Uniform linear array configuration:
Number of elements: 48
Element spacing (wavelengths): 1
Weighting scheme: exponential
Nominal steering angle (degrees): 60
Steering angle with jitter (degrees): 58.943
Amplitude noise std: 0.05
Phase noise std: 0.05

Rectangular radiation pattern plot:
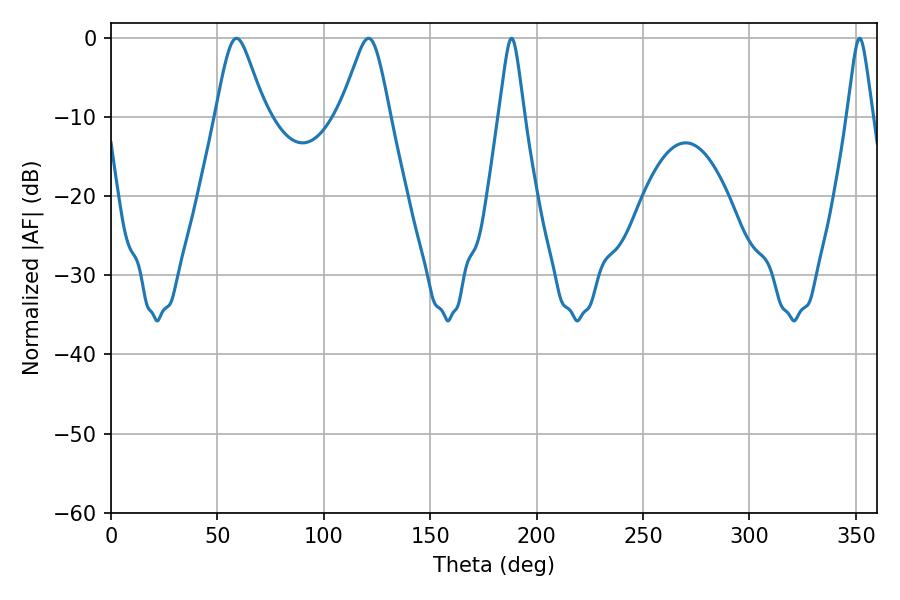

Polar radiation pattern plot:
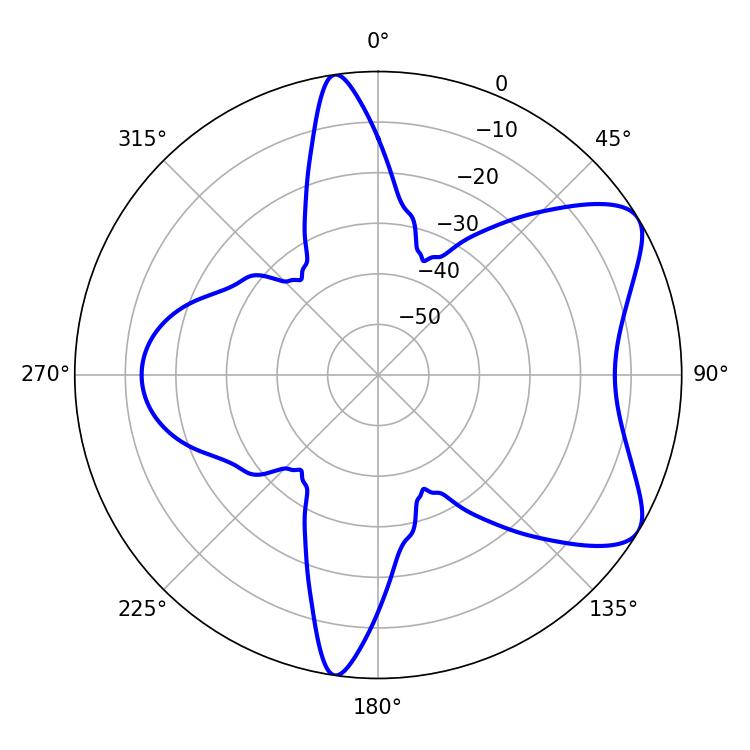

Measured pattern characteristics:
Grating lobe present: TRUE
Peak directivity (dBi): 7.269
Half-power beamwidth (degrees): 11.34
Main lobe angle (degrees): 59.04